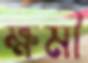
ক্ষমী